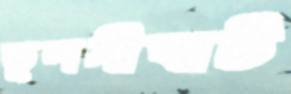
তুলসীঘাট